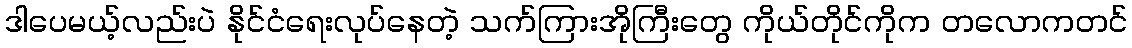
ဒါပေမယ့်လည်းပဲ နိုင်ငံရေးလုပ်နေတဲ့ သက်ကြားအိုကြီးတွေ ကိုယ်တိုင်ကိုက တလောကတင်